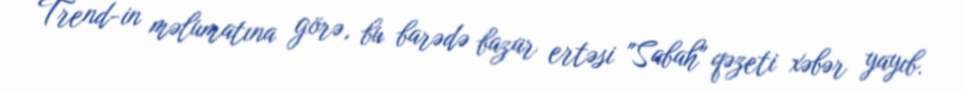
Trend-in məlumatına görə, bu barədə bazar ertəsi "Sabah" qəzeti xəbər yayıb.